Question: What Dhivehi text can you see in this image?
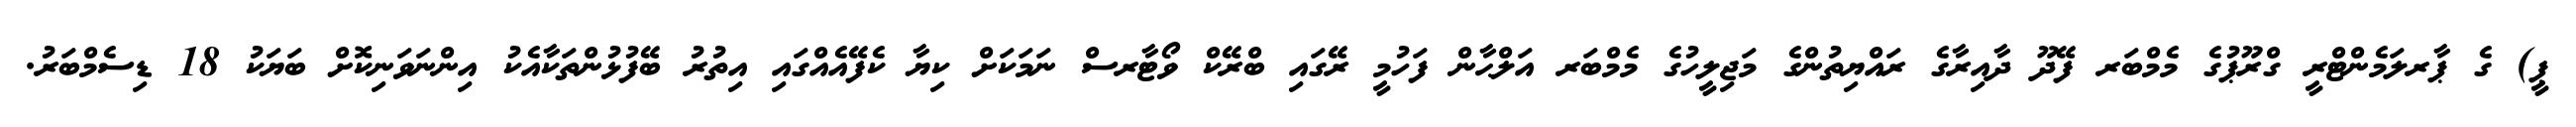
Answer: ޕީ) ގެ ޕާރލަމެންޓްރީ ގްރޫޕުގެ މެމްބަރ ފޭދޫ ދާއިރާގެ ރައްޔިތުންގެ މަޖިލީހުގެ މެމްބަރ އަލްޙާން ފަހުމީ ރޭގައި ބްރޭކް ވޯޓާރސް ނަމަކަށް ކިޔާ ކެފޭއެއްގައި އިތުރު ބޭފުޅުންތަކާއެކު އިންނަވަނިކޮށް ބަޔަކު 18 ޑިސެމްބަރު.